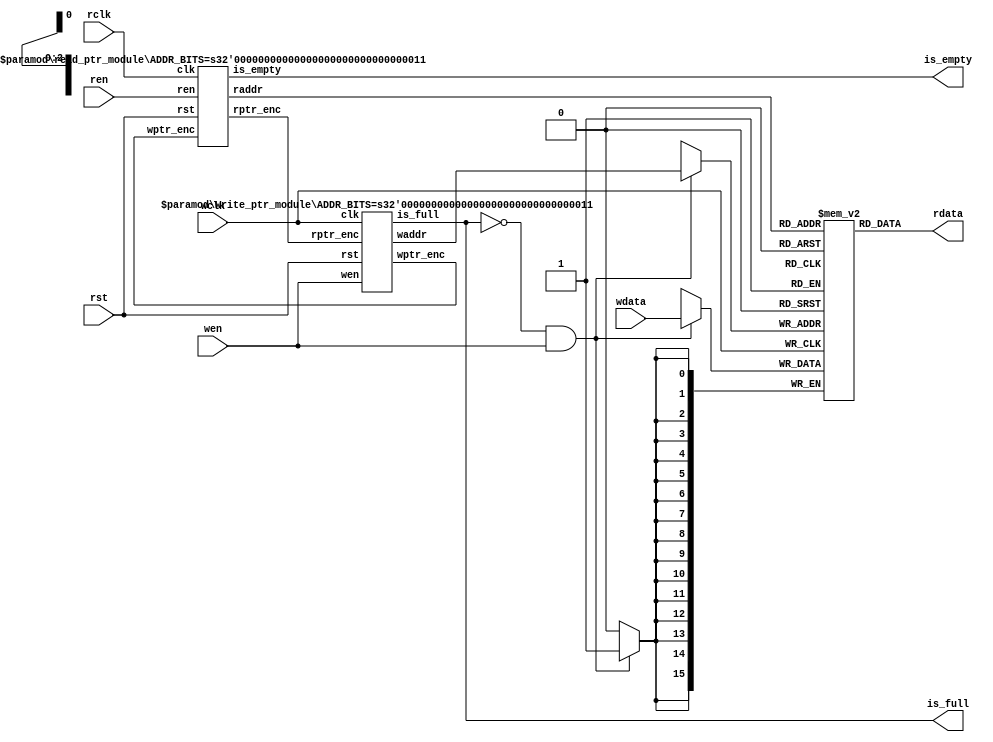
module async_fifo(wdata,
			rdata,
			wen,
			ren,
			is_full,
			is_empty,
			wclk,
			rclk,
			rst);

	parameter WIDTH = 16;	
	parameter ADDR_BITS = 3;
	localparam SIZE = 1<<ADDR_BITS;


	//Delcare inputs and outputs
	input [WIDTH-1:0] wdata;
	output wire [WIDTH-1:0] rdata;
	
	input wen;
	input ren;
	output wire is_full;
	output wire is_empty;
	input wclk;
	input rclk;
	input rst;
	
	//Delcare internal signals
	wire [ADDR_BITS:0] rptr_enc;
	wire [ADDR_BITS:0] wptr_enc;
	wire [ADDR_BITS-1:0] raddr;
	wire [ADDR_BITS-1:0] waddr;
	
	//Implement memory unit
	reg [WIDTH-1:0] mem_block [0:SIZE-1];
	
	read_ptr_module #(ADDR_BITS) read_ptr_inst(
		.ren(ren),
		.rptr_enc(rptr_enc),		
		.wptr_enc(wptr_enc),
		.is_empty(is_empty),
		.raddr(raddr),
		.rst(rst),
		.clk(rclk));
		
	write_ptr_module #(ADDR_BITS) write_ptr_inst(
						.wen(wen),
						.rptr_enc(rptr_enc),		
						.wptr_enc(wptr_enc),
						.is_full(is_full),
						.waddr(waddr),
						.rst(rst),
						.clk(wclk));

	always @(posedge wclk)
	begin
		if((~is_full) & wen)
			mem_block[waddr] <= wdata;
	end
	
	assign rdata = mem_block[raddr];
endmodule

module read_ptr_module(	ren,
						wptr_enc,
						rptr_enc,
						is_empty,
						raddr,
						rst,
						clk);
						
	parameter ADDR_BITS = 3;
	
	input ren, rst, clk;
	input [ADDR_BITS:0] wptr_enc;
	output wire [ADDR_BITS-1:0] raddr;
	output reg [ADDR_BITS:0] rptr_enc;
	output wire is_empty;
	
	//Address as a register
	reg [ADDR_BITS:0] rptr_counter;
	
	//Declare sync registers
	reg [ADDR_BITS:0] wptr_enc_sync1;
	reg [ADDR_BITS:0] wptr_enc_sync2;
	
	//Decoded read pointer
	wire [ADDR_BITS:0] wptr_wire;
	
	//Implement sync registers and address pointer
	always @(posedge clk or negedge rst)
	begin
		if(~rst)
		begin
			wptr_enc_sync1 <= 0;
			wptr_enc_sync2 <= 0;
			rptr_enc <= 2'b11<<(ADDR_BITS-1);
			rptr_counter <= 1<<ADDR_BITS;
		end
		else
		begin
			wptr_enc_sync1 <= wptr_enc;
			wptr_enc_sync2 <= wptr_enc_sync1;
			if(!is_empty & ren)
				rptr_counter <= rptr_counter + 1;
			rptr_enc <= rptr_counter ^ (rptr_counter>>1);
		end
	end
	
	//waddr is basically rptr_counter
	assign raddr = rptr_counter;
	
	//Decode wptr
	assign wptr_wire[ADDR_BITS] = wptr_enc_sync2[ADDR_BITS];
	generate
		genvar i;
		for(i = 0; i<ADDR_BITS; i = i+1)
		begin
			assign wptr_wire[i] = wptr_wire[i+1] ^ wptr_enc_sync2[i];
		end
	endgenerate
	
	//Implement is empty
  assign is_empty = (wptr_wire ^ (1<<ADDR_BITS)) == rptr_counter;

endmodule

module write_ptr_module(wen,
						wptr_enc,
						rptr_enc,
						is_full,
						waddr,
						rst,
						clk);
						
	parameter ADDR_BITS = 3;
	
	input wen, rst, clk;
	input [ADDR_BITS:0] rptr_enc;
	output wire [ADDR_BITS-1:0] waddr;
	output reg [ADDR_BITS:0] wptr_enc;
	output wire is_full;
	
	//Address as a register
	reg [ADDR_BITS:0] wptr_counter;
	
	//Declare sync registers
	reg [ADDR_BITS:0] rptr_enc_sync1;
	reg [ADDR_BITS:0] rptr_enc_sync2;
	
	//Decoded read pointer
	wire [ADDR_BITS:0] rptr_wire;
	
	//Implement sync registers and address pointer
	always @(posedge clk or negedge rst)
	begin
		if(~rst)
		begin
			rptr_enc_sync1 <= 2'b11<<(ADDR_BITS-1);
			rptr_enc_sync2 <= 2'b11<<(ADDR_BITS-1);
			wptr_enc <= 0;
			wptr_counter <= 0;
		end
		else
		begin
			rptr_enc_sync1 <= rptr_enc;
			rptr_enc_sync2 <= rptr_enc_sync1;
			if(!is_full & wen)
				wptr_counter <= wptr_counter + 1;
			wptr_enc <= wptr_counter ^ (wptr_counter>>1);
		end
	end
	
	//waddr is basically wptr_counter
	assign waddr = wptr_counter;
	
	//Decode rptr
	assign rptr_wire[ADDR_BITS] = rptr_enc_sync2[ADDR_BITS];
	generate
		genvar i;
		for(i = 0; i<ADDR_BITS; i = i+1)
		begin
			assign rptr_wire[i] = rptr_wire[i+1] ^ rptr_enc_sync2[i];
		end
	endgenerate
	
	//Implement is full
	assign is_full = rptr_wire == wptr_counter;

endmodule